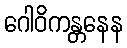
ဂေါဝိကန္တနေန